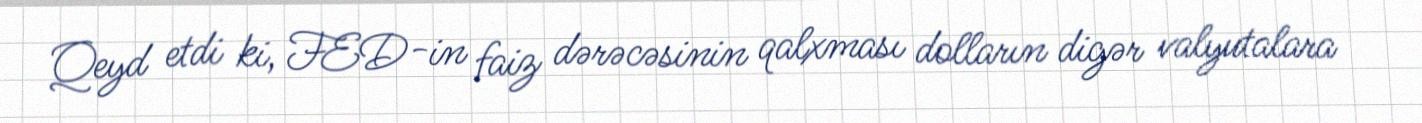
Qeyd etdi ki, FED-in faiz dərəcəsinin qalxması dolların digər valyutalara